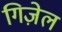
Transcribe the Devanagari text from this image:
गिज़ेल